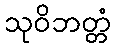
သုဝိဘတ္တံ